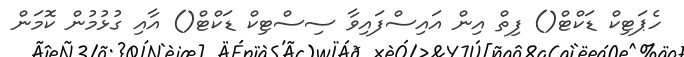
ހެޕަޓިކް ޑަކްޓް() ފިތް އިން އައިސްފައިވާ ސިސްޓިކް ޑަކްޓް() އާއި ގުޅުމުން ކޮމަން